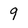
Character: 9